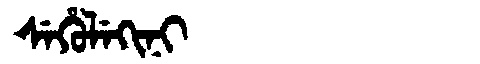
Manchu: ᠰᡝᡥᡠᠯᡝᡴᡳᠨᡳ
Romanization: SEHULEKINI